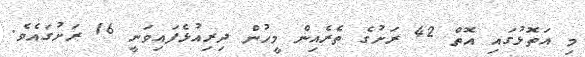
މި އަތޮޅުގައި އޮތް 42 ރަށުގެ ތެރެއިން މީހުން ދިރިއުޅެފައިވަނީ 16 ރަށުގައެވެ.